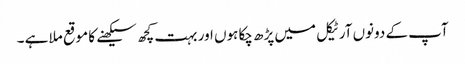
آپ کے دونوں آرٹیکل میں پڑھ چکا ہوں اور بہت کچھ سیکھنے کا موقع ملا ہے ۔